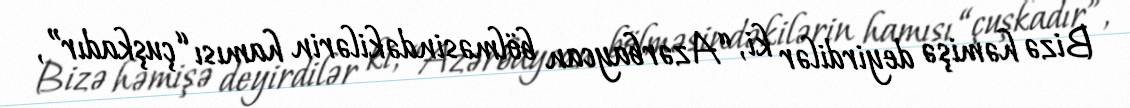
Bizə həmişə deyirdilər ki, “Azərbaycan bölməsindəkilərin hamısı “çuşkadır”,